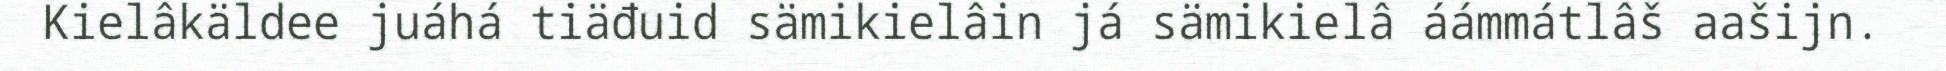
Kielâkäldee juáhá tiäđuid sämikielâin já sämikielâ áámmátlâš aašijn.